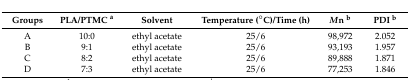
| Groups | PLA/PTMC a | Solvent | Temperature (°C)/Time (h) | Mn b | PDI b |
 | --- | --- | --- | --- | --- | --- |
 | A | 10:0 | ethyl acetate | 25/6 | 98,972 | 2.052 |
 | B | 9:1 | ethyl acetate | 25/6 | 93,193 | 1.957 |
 | C | 8:2 | ethyl acetate | 25/6 | 89,888 | 1.871 |
 | D | 7:3 | ethyl acetate | 25/6 | 77,253 | 1.846 |